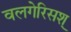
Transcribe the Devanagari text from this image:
वलगेरिसश्